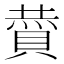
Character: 𮚏